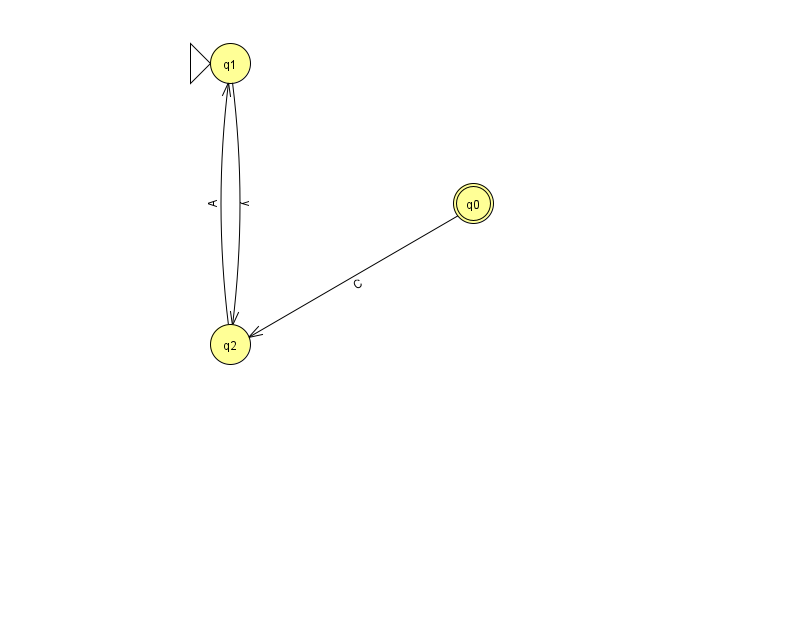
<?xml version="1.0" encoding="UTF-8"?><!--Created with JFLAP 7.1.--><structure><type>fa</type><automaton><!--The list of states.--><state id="0" name="q0"><x>473.0</x><y>190.0</y><final/></state><state id="1" name="q1"><x>230.0</x><y>50.0</y><initial/></state><state id="2" name="q2"><x>230.0</x><y>331.0</y></state><!--The list of transitions.--><transition><from>2</from><to>1</to><read>A</read></transition><transition><from>0</from><to>2</to><read>C</read></transition><transition><from>1</from><to>2</to><read>y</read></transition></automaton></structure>